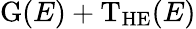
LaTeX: \mathrm{G}(E)+\mathrm{T_{HE}}(E)